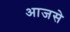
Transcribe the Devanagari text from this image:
आजसे